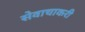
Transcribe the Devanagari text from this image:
सेवाचाकरी